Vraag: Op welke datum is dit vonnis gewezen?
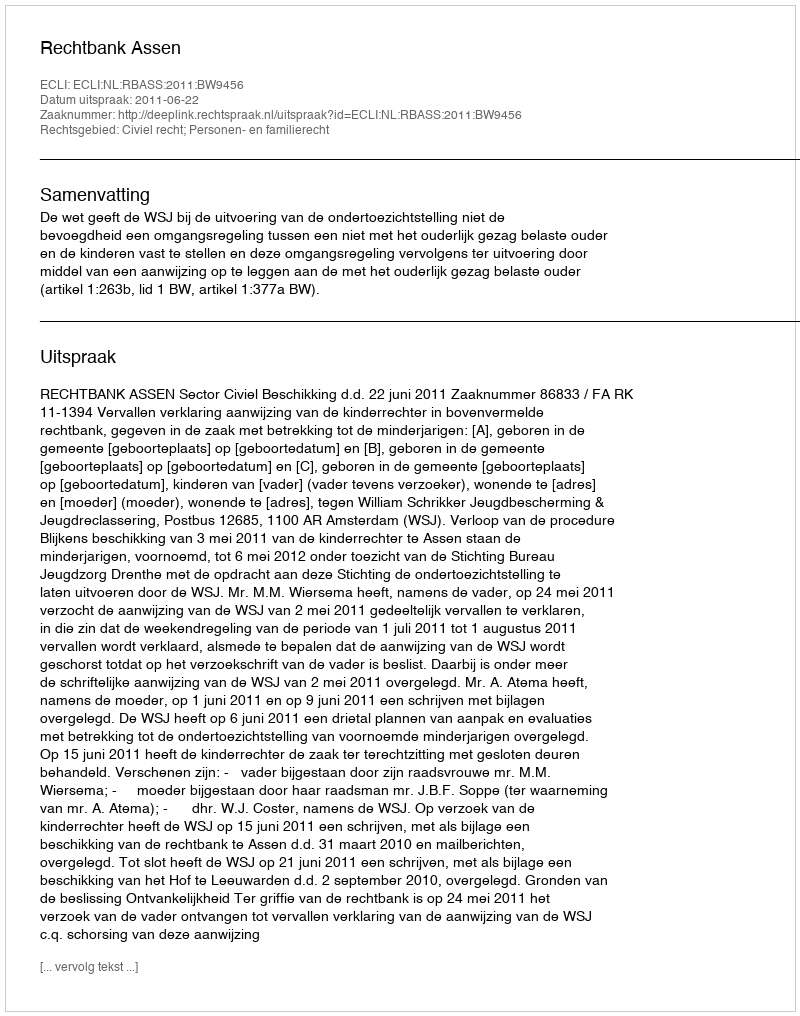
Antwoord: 2011-06-22